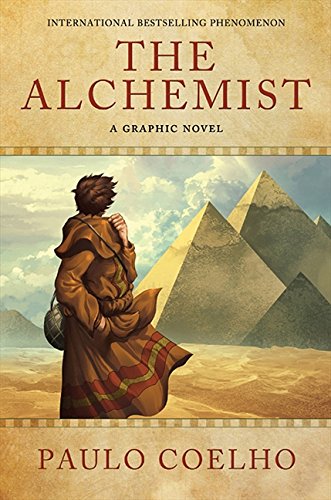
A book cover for The Alchemist: A Graphic Novel; Paulo Coelho; Comics & Graphic Novels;